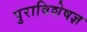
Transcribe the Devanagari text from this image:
पुराविशेषज्ञ